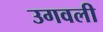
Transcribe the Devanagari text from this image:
उगवली